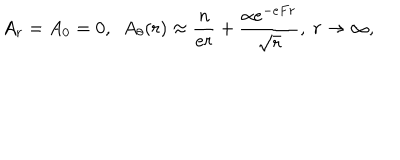
LaTeX: A _ { r } = A _ { 0 } = 0 , ~ ~ A _ { \theta } ( r ) \approx { \frac { n } { e r } } + { \frac { \alpha e ^ { - e F r } } { \sqrt r } } , ~ r \to \infty ,